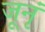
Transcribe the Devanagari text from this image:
जूनृं